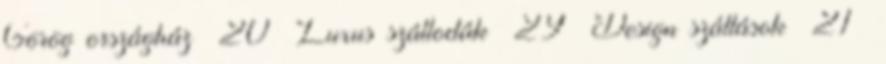
Görög országház 20 Luxus szállodák 29 Design szállások 21